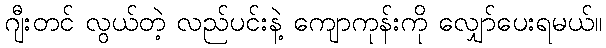
ဂျီးတင် လွယ်တဲ့ လည်ပင်းနဲ့ ကျောကုန်းကို လျှော်ပေးရမယ်။